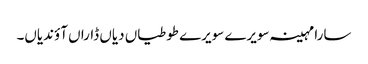
سارا مہینہ سویرے سویرے طوطیاں دیاں ڈاراں آؤندیاں۔